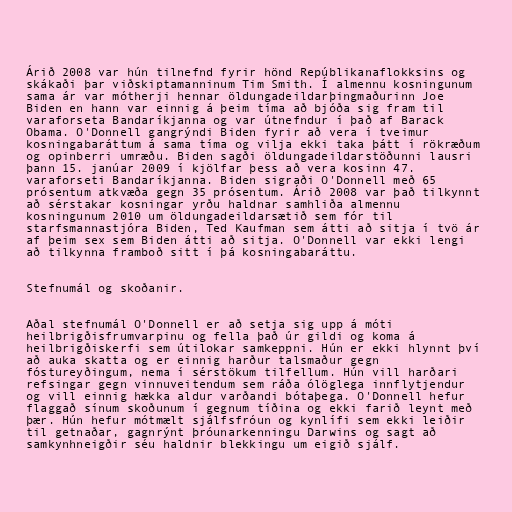
Árið 2008 var hún tilnefnd fyrir hönd Repúblikanaflokksins og
skákaði þar viðskiptamanninum Tim Smith. Í almennu kosningunum
sama ár var mótherji hennar öldungadeildarþingmaðurinn Joe
Biden en hann var einnig á þeim tíma að bjóða sig fram til
varaforseta Bandaríkjanna og var útnefndur í það af Barack
Obama. O'Donnell gangrýndi Biden fyrir að vera í tveimur
kosningabaráttum á sama tíma og vilja ekki taka þátt í rökræðum
og opinberri umræðu. Biden sagði öldungadeildarstöðunni lausri
þann 15. janúar 2009 í kjölfar þess að vera kosinn 47.
varaforseti Bandaríkjanna. Biden sigraði O'Donnell með 65
prósentum atkvæða gegn 35 prósentum. Árið 2008 var það tilkynnt
að sérstakar kosningar yrðu haldnar samhliða almennu
kosningunum 2010 um öldungadeildarsætið sem fór til
starfsmannastjóra Biden, Ted Kaufman sem átti að sitja í tvö ár
af þeim sex sem Biden átti að sitja. O'Donnell var ekki lengi
að tilkynna framboð sitt í þá kosningabaráttu.

Stefnumál og skoðanir.

Aðal stefnumál O'Donnell er að setja sig upp á móti
heilbrigðisfrumvarpinu og fella það úr gildi og koma á
heilbrigðiskerfi sem útilokar samkeppni. Hún er ekki hlynnt því
að auka skatta og er einnig harður talsmaður gegn
fóstureyðingum, nema í sérstökum tilfellum. Hún vill harðari
refsingar gegn vinnuveitendum sem ráða ólöglega innflytjendur
og vill einnig hækka aldur varðandi bótaþega. O'Donnell hefur
flaggað sínum skoðunum í gegnum tíðina og ekki farið leynt með
þær. Hún hefur mótmælt sjálfsfróun og kynlífi sem ekki leiðir
til getnaðar, gagnrýnt þróunarkenningu Darwins og sagt að
samkynhneigðir séu haldnir blekkingu um eigið sjálf.